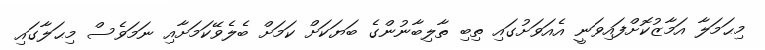
މިޙަމަލާ އަމާޒުކޮށްފައިވަނީ އެއަވަށުގައި ތިބި ތާލިބާނުންގެ ބަޔަކަށް ކަމަށް ބެލެވޭކަމަށާއި ނަމަވެސް މިޙަލާގައި